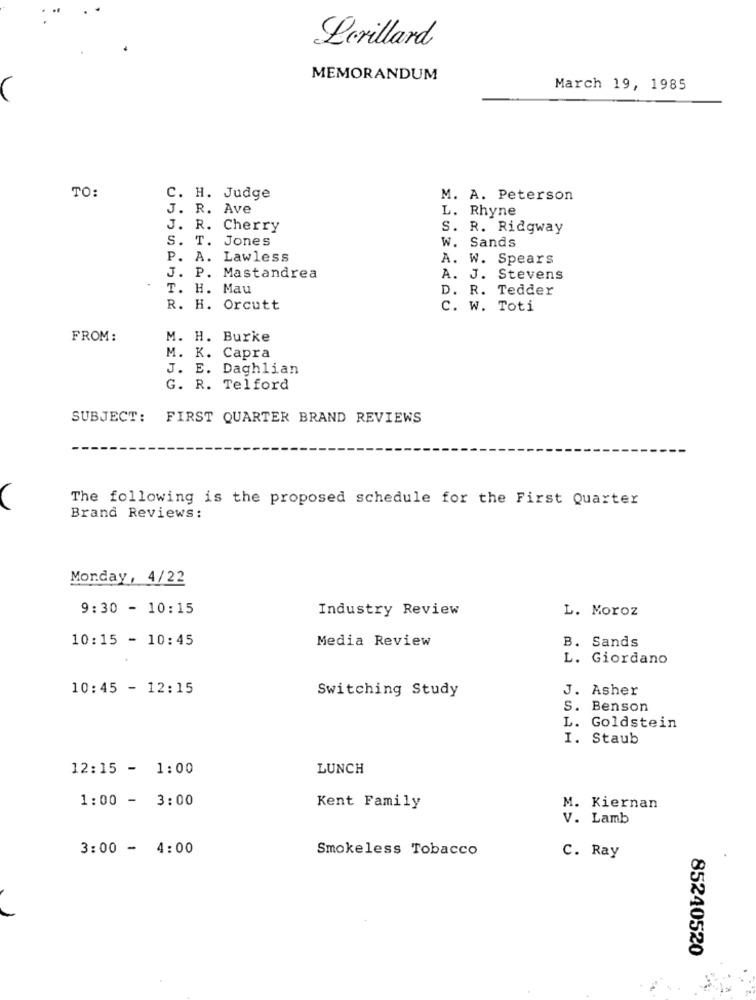
Lerillard
MEMORANDUM
March 19, 1985
C
TO:
C. H. Judge
M. A. Peterson
J. R. Ave
L. Rhyne
J. R. Cherry
S. R. Ridgway
S. T. Jones
w. Sands
P. A. Lawless
A. W. Spears
J. P. Mastandrea
A. J. Stevens
T. H. Mau
D. R. Tedder
R. H. Orcutt
C. W. Toti
FROM:
M. H. Burke
M. K. Capra
J. E. Daghlian
G. R. Telford
SUBJECT:
FIRST QUARTER BRAND REVIEWS
The following is the proposed schedule for the First Quarter
Brand Reviews:
Monday, 4/22
9:30 - 10:15
Industry Review
L. Moroz
10:15 - 10:45
Media Review
B. Sands
L. Giordano
10:45 - 12:15
Switching Study
J. Asher
S. Benson
L. Goldstein
I. Staub
12:15 - 1:00
LUNCH
1:00 - 3:00
Kent Family
M. Kiernan
V. Lamb
3:00 - 4:00
Smokeless Tobacco
C. Ray
85240520